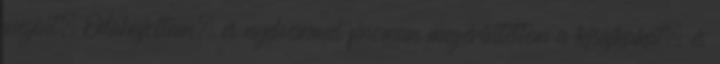
megint. Odahajoltam, és nyelvemmel finoman megérintettem a kisajkakat, és